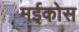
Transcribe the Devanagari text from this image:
मईकोस